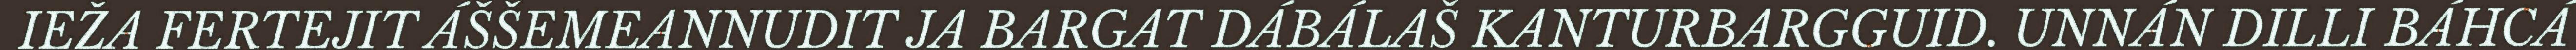
IEŽA FERTEJIT ÁŠŠEMEANNUDIT JA BARGAT DÁBÁLAŠ KANTURBARGGUID. UNNÁN DILLI BÁHCÁ